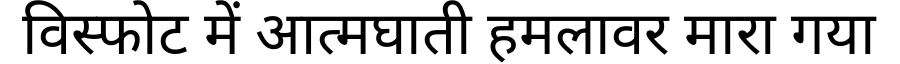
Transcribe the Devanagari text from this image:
विस्फोट में आत्मघाती हमलावर मारा गया